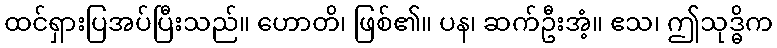
ထင်ရှားပြအပ်ပြီးသည်။ ဟောတိ၊ ဖြစ်၏။ ပန၊ ဆက်ဦးအံ့။ ဧသ၊ ဤသုဒ္ဓိက